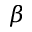
\beta